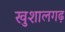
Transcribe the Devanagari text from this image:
खुशालगढ़